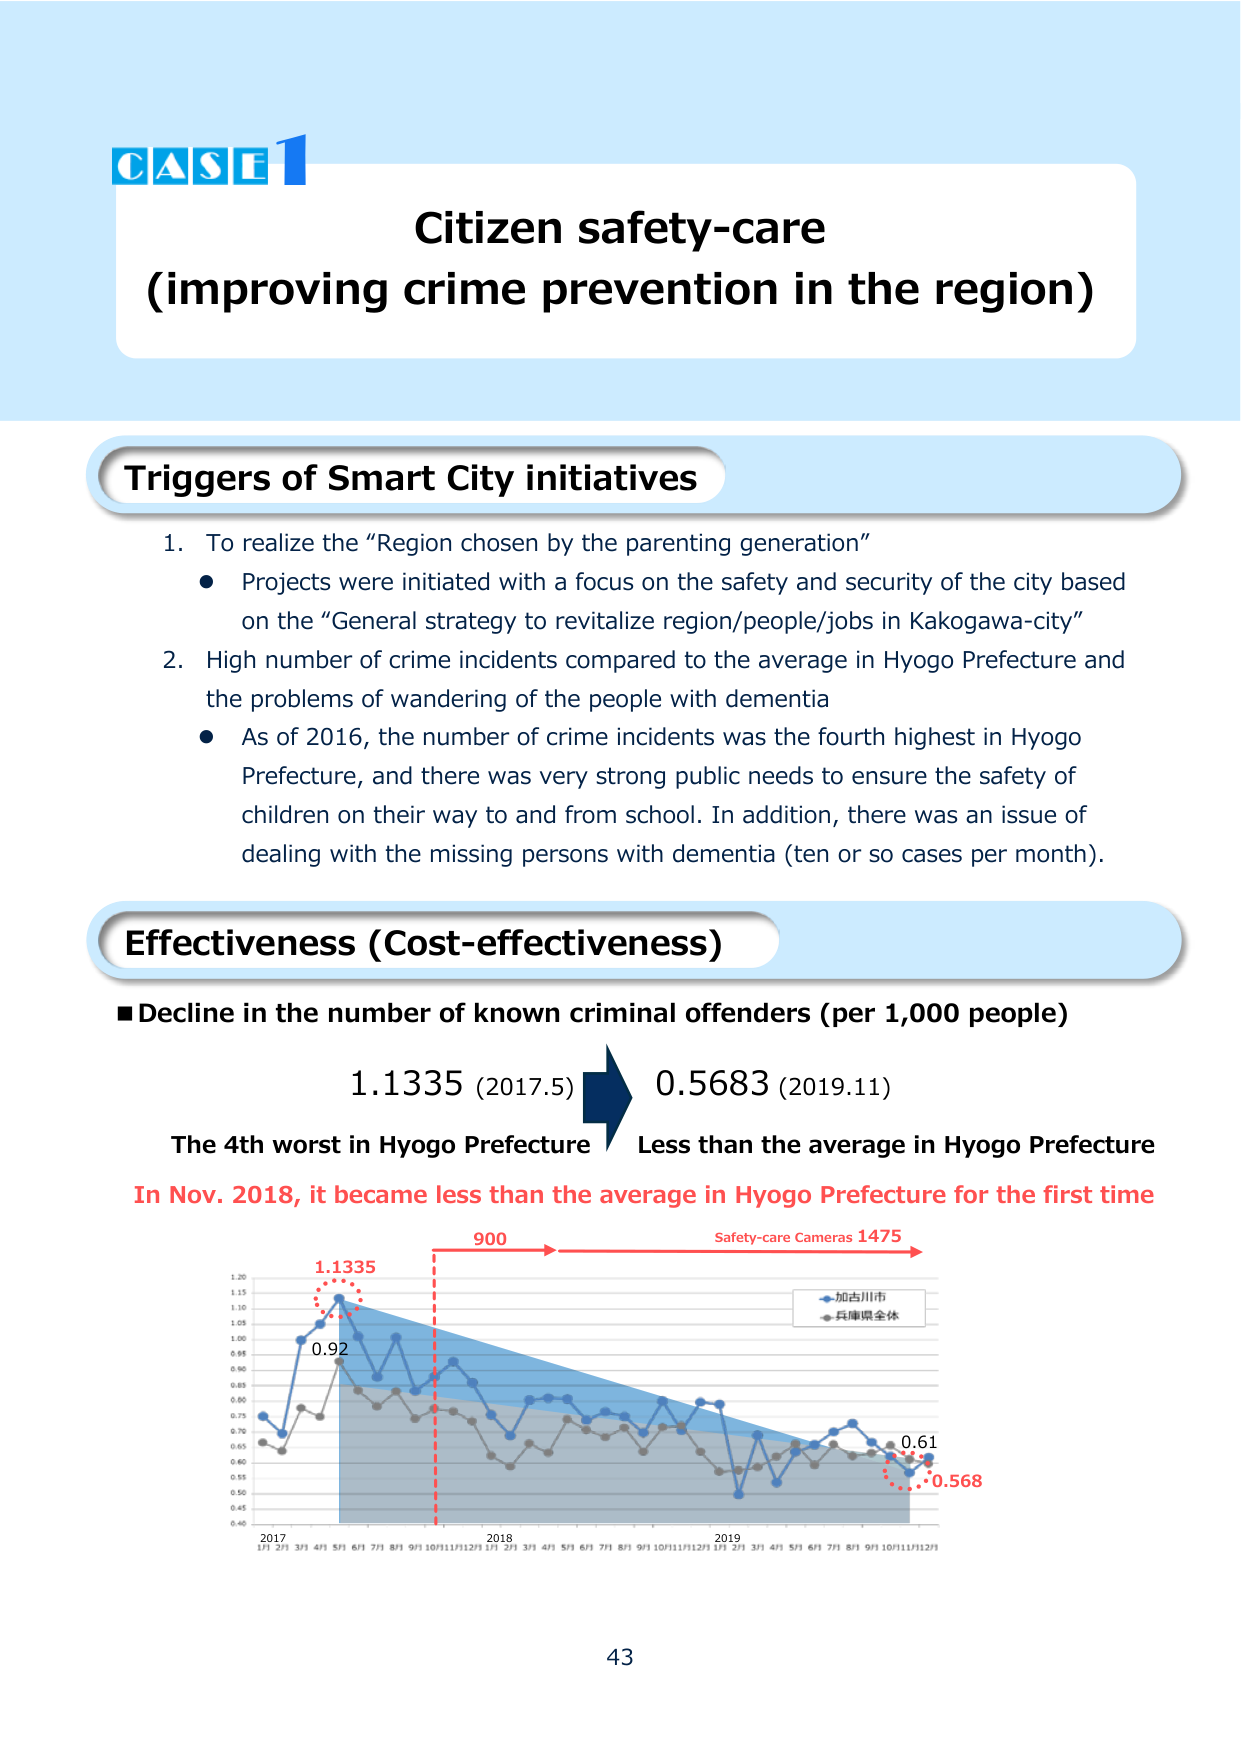
CASE 1
Citizen safety-care
(improving crime prevention in the region)

Triggers of Smart City initiatives
1. To realize the “Region chosen by the parenting generation”
   • Projects were initiated with a focus on the safety and security of the city based on the “General strategy to revitalize region/people/jobs in Kakogawa-city”
2. High number of crime incidents compared to the average in Hyogo Prefecture and the problems of wandering of the people with dementia
   • As of 2016, the number of crime incidents was the fourth highest in Hyogo Prefecture, and there was very strong public needs to ensure the safety of children on their way to and from school. In addition, there was an issue of dealing with the missing persons with dementia (ten or so cases per month).

Effectiveness (Cost-effectiveness)
■ Decline in the number of known criminal offenders (per 1,000 people)
1.1335 (2017.5) → 0.5683 (2019.11)
The 4th worst in Hyogo Prefecture   Less than the average in Hyogo Prefecture
In Nov. 2018, it became less than the average in Hyogo Prefecture for the first time
900 → Safety-care Cameras 1475

Graph labels:
- 1.1335
- 0.92
- 0.61
- 0.568
- 2017
- 2018
- 2019
- 1/1 2/1 3/1 4/1 5/1 6/1 7/1 8/1 9/1 10/1 11/1 12/1
- 加古川市 (Kakogawa City)
- 兵庫県全体 (Hyogo Prefecture overall)

Page number: 43